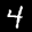
Label: 4